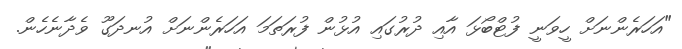
"އަހަރެންނަށް ހީވަނީ ފުޓްބޯޅަ އާއި ދުރުގައި އުޅުން ފުރަތަމަ އަހަރެންނަށް އުނދަގޫ ވެދާނެހެން.